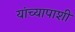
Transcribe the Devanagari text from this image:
यांच्यापाशी